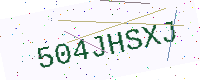
Text: 504JHSXJ